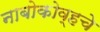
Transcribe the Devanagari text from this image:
नाबोकोव्हचे